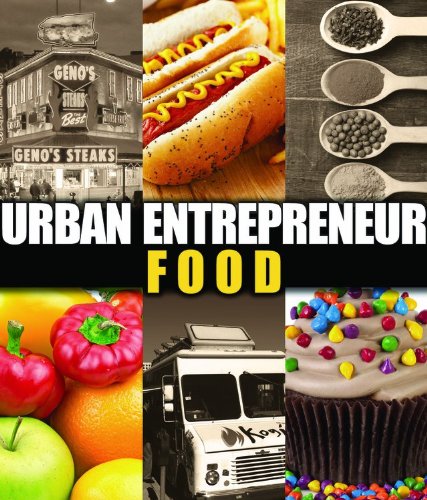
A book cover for Food (Urban Entrepreneur); Ron Berman; Teen & Young Adult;